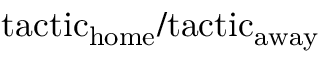
\mathrm { t a c t i c } _ { \mathrm { h o m e } } / \mathrm { t a c t i c } _ { \mathrm { a w a y } }